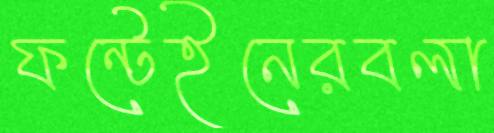
ফন্টেইনেরবলা